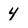
Character: 4